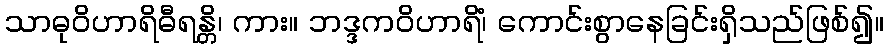
သာဓုဝိဟာရိဓီရန္တိ၊ ကား။ ဘဒ္ဒကဝိဟာရိံ၊ ကောင်းစွာနေခြင်းရှိသည်ဖြစ်၍။